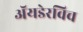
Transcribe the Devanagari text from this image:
ॲयडेरविच